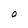
Character: O